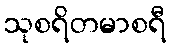
သုစရိတမာစရီ